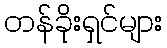
တန်ခိုးရှင်များ